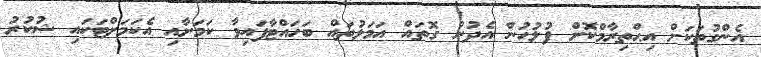
އެންގުތަކަށް އިޙްތިރާމްކޮށް ފުލުހުން އެދުނު ގޮތައް އަމަލުތައް ބަހައްޓާފައިވާ ކަމަށާއި އެކަމަށްޓަކައި ޝުކުރު